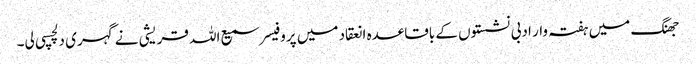
جھنگ میں ہفتہ وار ادبی نشستوں کے باقاعدہ انعقاد میں پروفیسر سمیع اللہ قریشی نے گہری دلچسپی لی۔